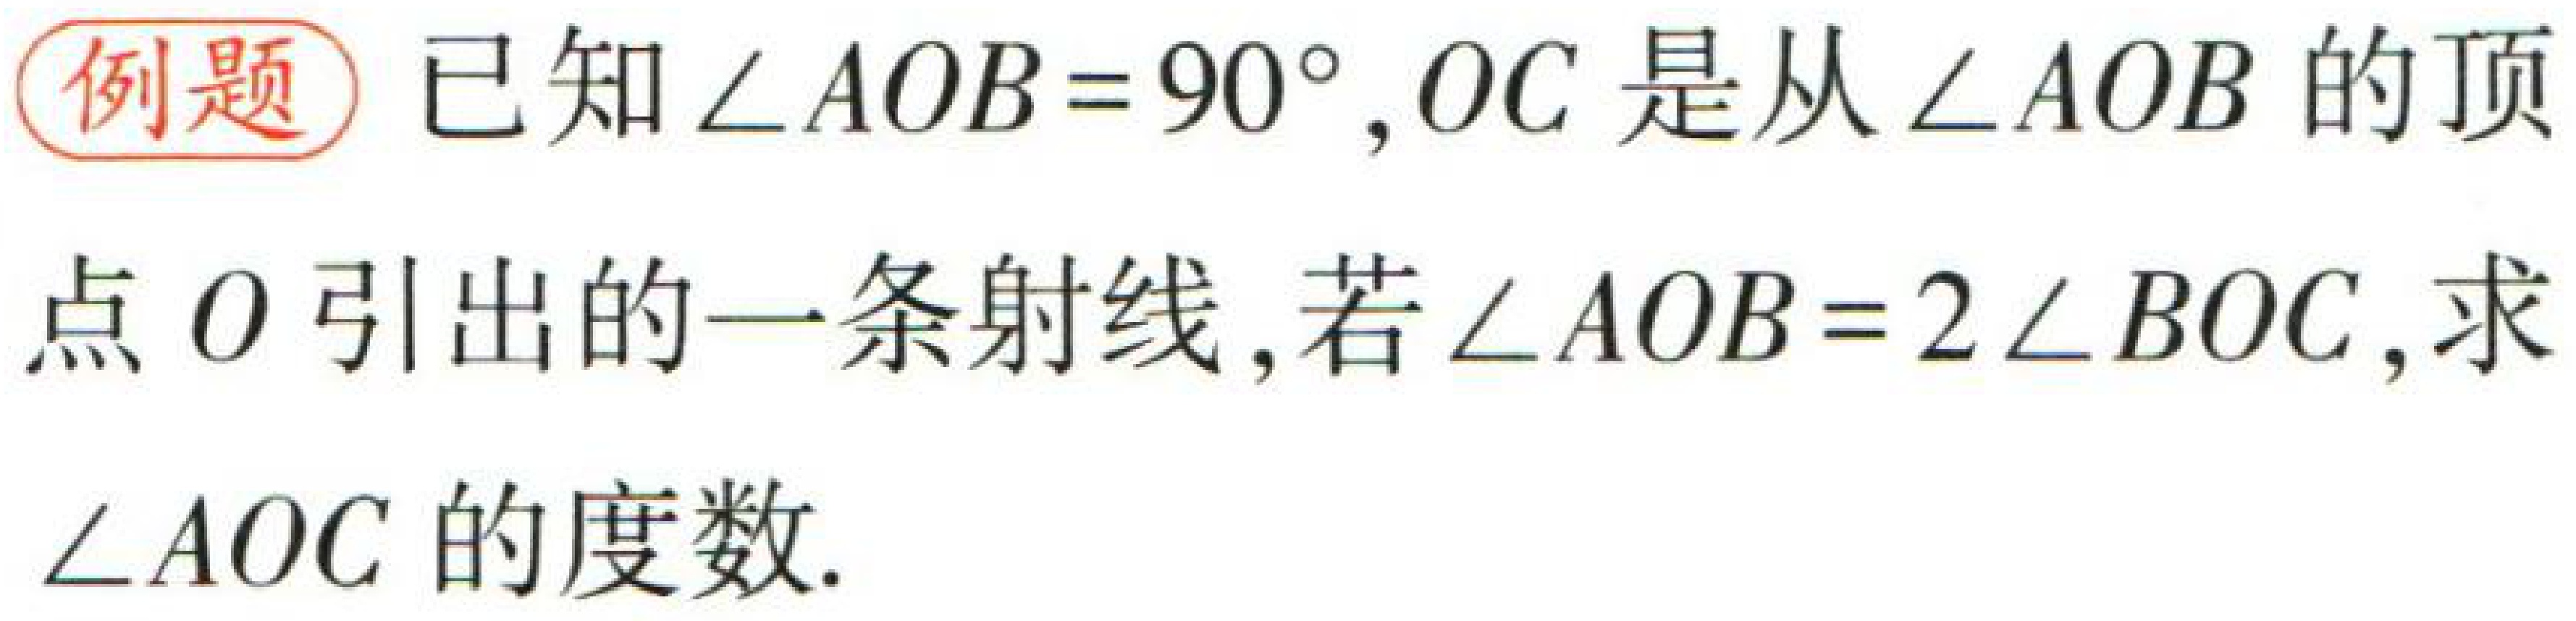
例题 已知\(\angle AOB = 90^{\circ}\)，\(OC\)是从\(\angle AOB\)的顶

点\(O\)引出的一条射线，若\(\angle AOB = 2\angle BOC\)，求

\(\angle AOC\)的度数.